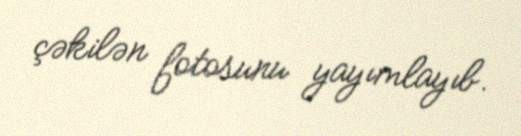
çəkilən fotosunu yayımlayıb.